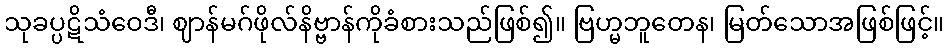
သုခပ္ပဋိသံဝေဒီ၊ ဈာန်မဂ်ဖိုလ်နိဗ္ဗာန်ကိုခံစားသည်ဖြစ်၍။ ဗြဟ္မဘူတေန၊ မြတ်သောအဖြစ်ဖြင့်။